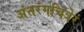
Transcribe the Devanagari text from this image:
अंतरंगचित्रेरं